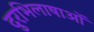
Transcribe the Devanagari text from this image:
दुरभिलाषाओं